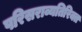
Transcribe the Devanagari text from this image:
परिसराव्यतिरिक्त